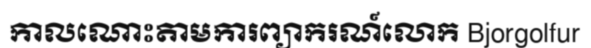
កាលណោះតាមការព្យាករណ៍លោក Bjorgolfur